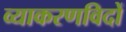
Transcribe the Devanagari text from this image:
व्याकरणविदों